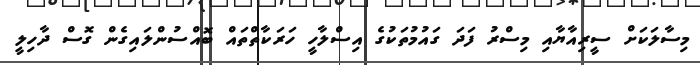
މިސާލަކަށް ސީރިއާޔާއި މިސްރު ފަދަ ގައުމުތަކުގެ އިސްލާހީ ހަރަކާތްތައް ބޮއްސުންލައިގެން ގޮސް ދާހިލީ